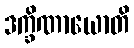
ဒက္ခိဏာယောတိ